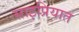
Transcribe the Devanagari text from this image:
साइप्रियात